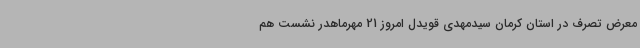
معرض تصرف در استان کرمان سیدمهدی قویدل امروز 21 مهرماهدر نشست هم